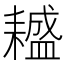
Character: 𦔤